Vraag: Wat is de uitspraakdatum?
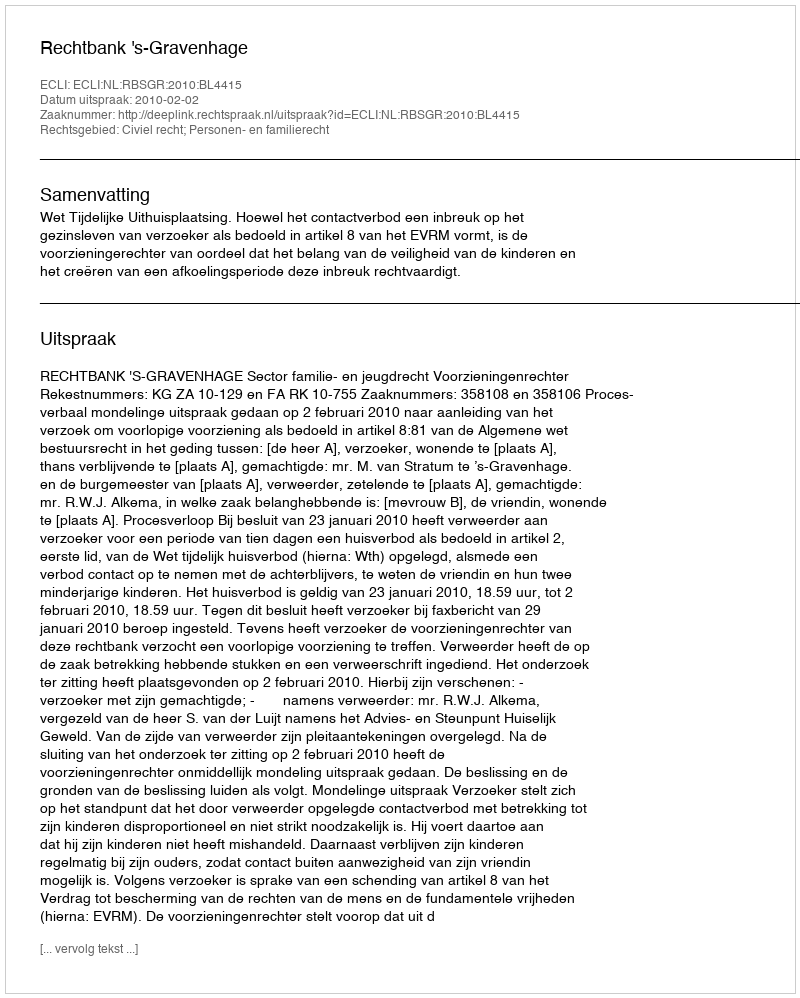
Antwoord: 2010-02-02